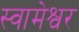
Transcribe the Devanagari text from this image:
स्वामेश्वर